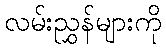
လမ်းညွှန်များကို